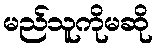
မည်သူကိုမဆို